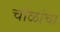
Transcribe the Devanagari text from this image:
चोळांचा